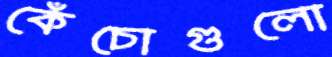
কেঁচোগুলো